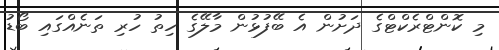
މި ކޮންޓްރެކްޓްގެ ދަށުން އެ ބޭފުޅުން މާލޭގެ ހިތު ހުރި ތަނެއްގައި ބޯޑު